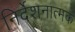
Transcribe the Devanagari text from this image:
निर्देशनात्मक